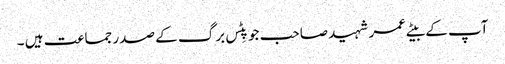
آپ کے بیٹے عمر شہید صاحب جو پِٹس برگ کے صدر جماعت ہیں ۔